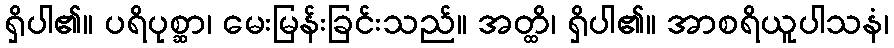
ရှိပါ၏။ ပရိပုစ္ဆာ၊ မေးမြန်းခြင်းသည်။ အတ္ထိ၊ ရှိပါ၏။ အာစရိယူပါသနံ၊